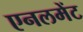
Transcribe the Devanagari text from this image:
एनलमेंट